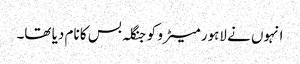
انہوں نے لاہور میٹرو کو جنگلہ بس کا نام دیا تھا۔